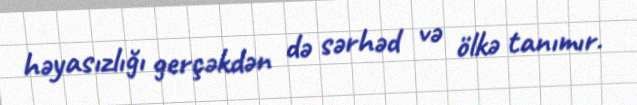
həyasızlığı gerçəkdən də sərhəd və ölkə tanımır.